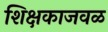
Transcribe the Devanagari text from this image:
शिक्षकाजवळ